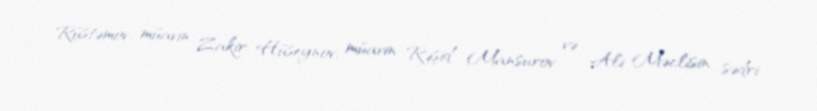
Rüstəmov, müavin Zakir Hüseynov, müavin Rəşid Mansurov və Ali Məclisin sədri